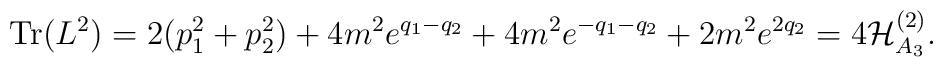
\mbox{Tr}(L^2)=2(p_1^2+p_2^2)+4m^2e^{q_1-q_2}+   4m^2e^{-q_1-q_2}+2m^2e^{2q_2}=4{\cal    H}_{A_3}^{(2)}.